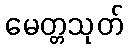
မေတ္တသုတ်